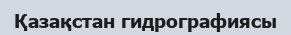
Қазақстан гидрографиясы